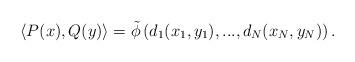
LaTeX: \begin{align*}\langle P(x),Q(y)\rangle =\tilde{\phi}\left(d_1(x_1,y_1),...,d_N(x_N,y_N)\right).\end{align*}